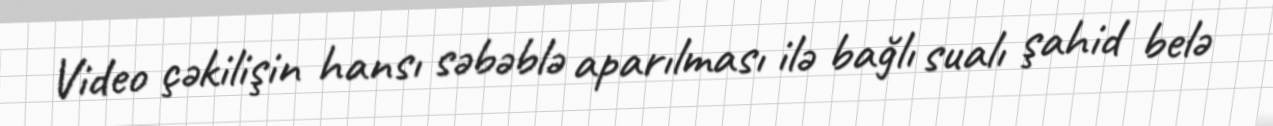
Video çəkilişin hansı səbəblə aparılması ilə bağlı sualı şahid belə